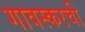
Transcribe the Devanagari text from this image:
गावस्करची